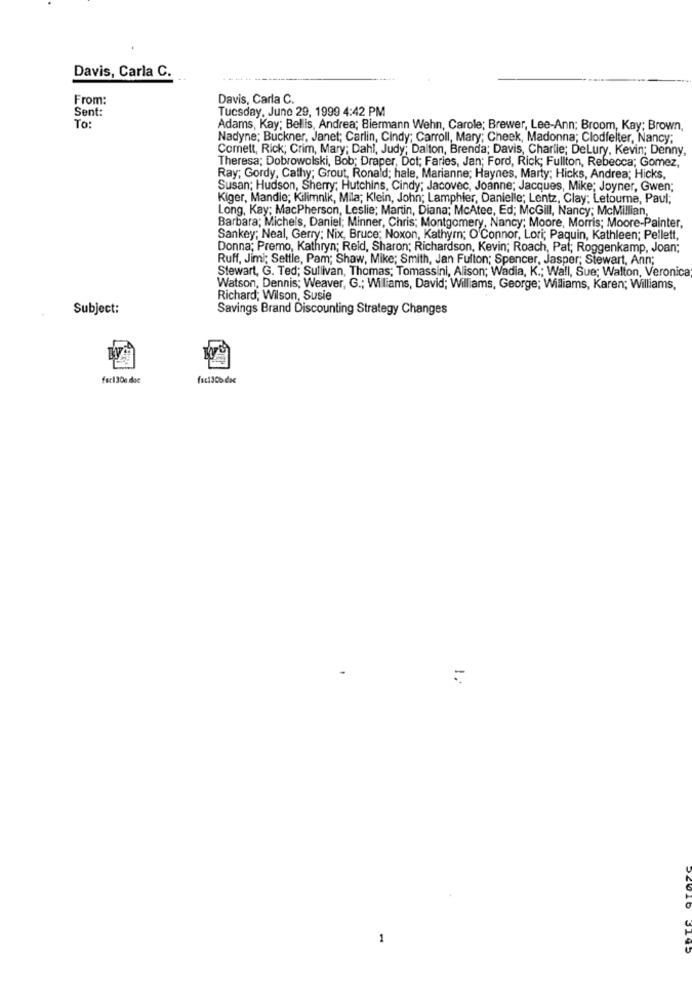
Davis, Carla C.
From:
Davis, Carla C.
Sent:
Tuesday, June 29, 1999 4:42 PM
To:
Adams, Kay; Bellis, Andrea; Biermann Wehn, Carole; Brewer, Lee-Ann; Broom, Kay; Brown,
Nadyne; Buckner, Janet; Carlin, Cindy; Carroll, Mary; Cheek, Madonna; Clodfelter, Nancy;
Comett, Rick; Crim, Mary; Dahl, Judy; Dalton, Brenda; Davis, Charlie; DeLury, Kevin; Denny,
Theresa; Dobrowolski, Bob; Draper, Dot; Faries, Jan; Ford, Rick; Fullton, Rebecca; Gomez,
Ray; Gordy, Cathy; Grout, Ronald; hale, Marianne; Haynes, Marty; Hicks, Andrea; Hicks,
Susan; Hudson, Sherry; Hutchins, Cindy; Jacovec, Joanne; Jacques, Mike; Joyner, Gwen;
Kiger, Mandie; Kilimnik, Mila; Klein, John; Lamphier, Danielle; Lentz, Clay; Letourne, Paul;
Long, Kay; MacPherson, Leslie; Martin, Diana; McAtee, Ed; McGill, Nancy; McMillian,
Barbara; Michels, Daniel; Minner, Chris; Montgomery, Nancy; Moore, Morris; Moore-Painter,
Sankey; Neal, Gerry: Nix, Bruce; Noxon, Kathym; O'Connor, Lori; Paquin, Kathleen; Pellett,
Donna; Premo, Kathryn; Reid, Sharon; Richardson, Kevin; Roach, Pat; Roggenkamp, Joan;
Ruff, Jimi; Settle, Pam; Shaw, Mike; Smith, Jan Fulton; Spencer, Jasper; Stewart, Ann;
Stewart, G. Ted; Sullivan, Thomas; Tomassini, Alison; Wadia, K .; Wall, Sue; Walton, Veronica
Watson, Dennis; Weaver, G .; Williams, David; Williams, George; Williams, Karen; Williams,
Richard; Wilson, Susie
Subject:
Savings Brand Discounting Strategy Changes
før130c doc
1